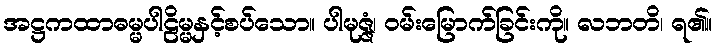
အဋ္ဌကထာဓမ္မပါဠိမ္မနှင့်စပ်သော။ ပါမုဇ္ဇံ၊ ဝမ်းမြောက်ခြင်းကို။ လဘတိ၊ ရ၏။